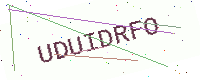
Text: UDUIDRFO